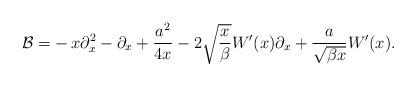
LaTeX: \begin{align*}\mathcal{B}=&-x\partial_{x}^2 -\partial_x + \frac{a^2}{ 4x} -2\sqrt{\frac{x}{\beta}}W'(x)\partial_x + \frac{a}{\sqrt{\beta x}}W'(x).\end{align*}